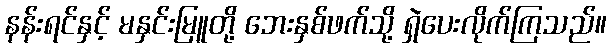
နန်းရင်နှင့် မနှင်းမြူတို့ ဘေးနှစ်ဖက်သို့ ရှဲပေးလိုက်ကြသည်။